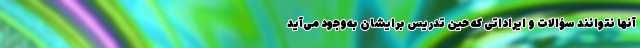
آنها نتوانند سؤالات و ایراداتی که حین تدریس برایشان به‌وجود می‌آید